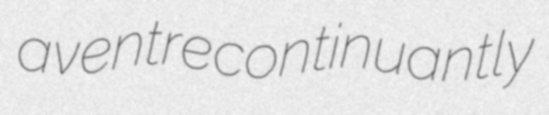
aventre continuantly